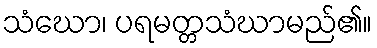
သံဃော၊ ပရမတ္တသံဃာမည်၏။